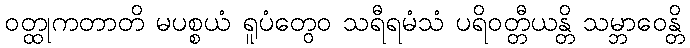
ဝတ္ထုကတာတိ မပစ္စယံ ရူပံတွေဝ သရီရမံသံ ပရိဝတ္တီယန္တိ သမ္ဘာဝေန္တိ